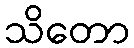
သိတော